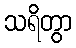
သရိတွာ